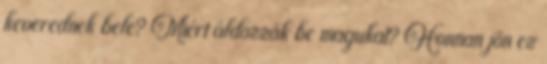
keverednek bele? Miért áldozzák be magukat? Honnan jön ez